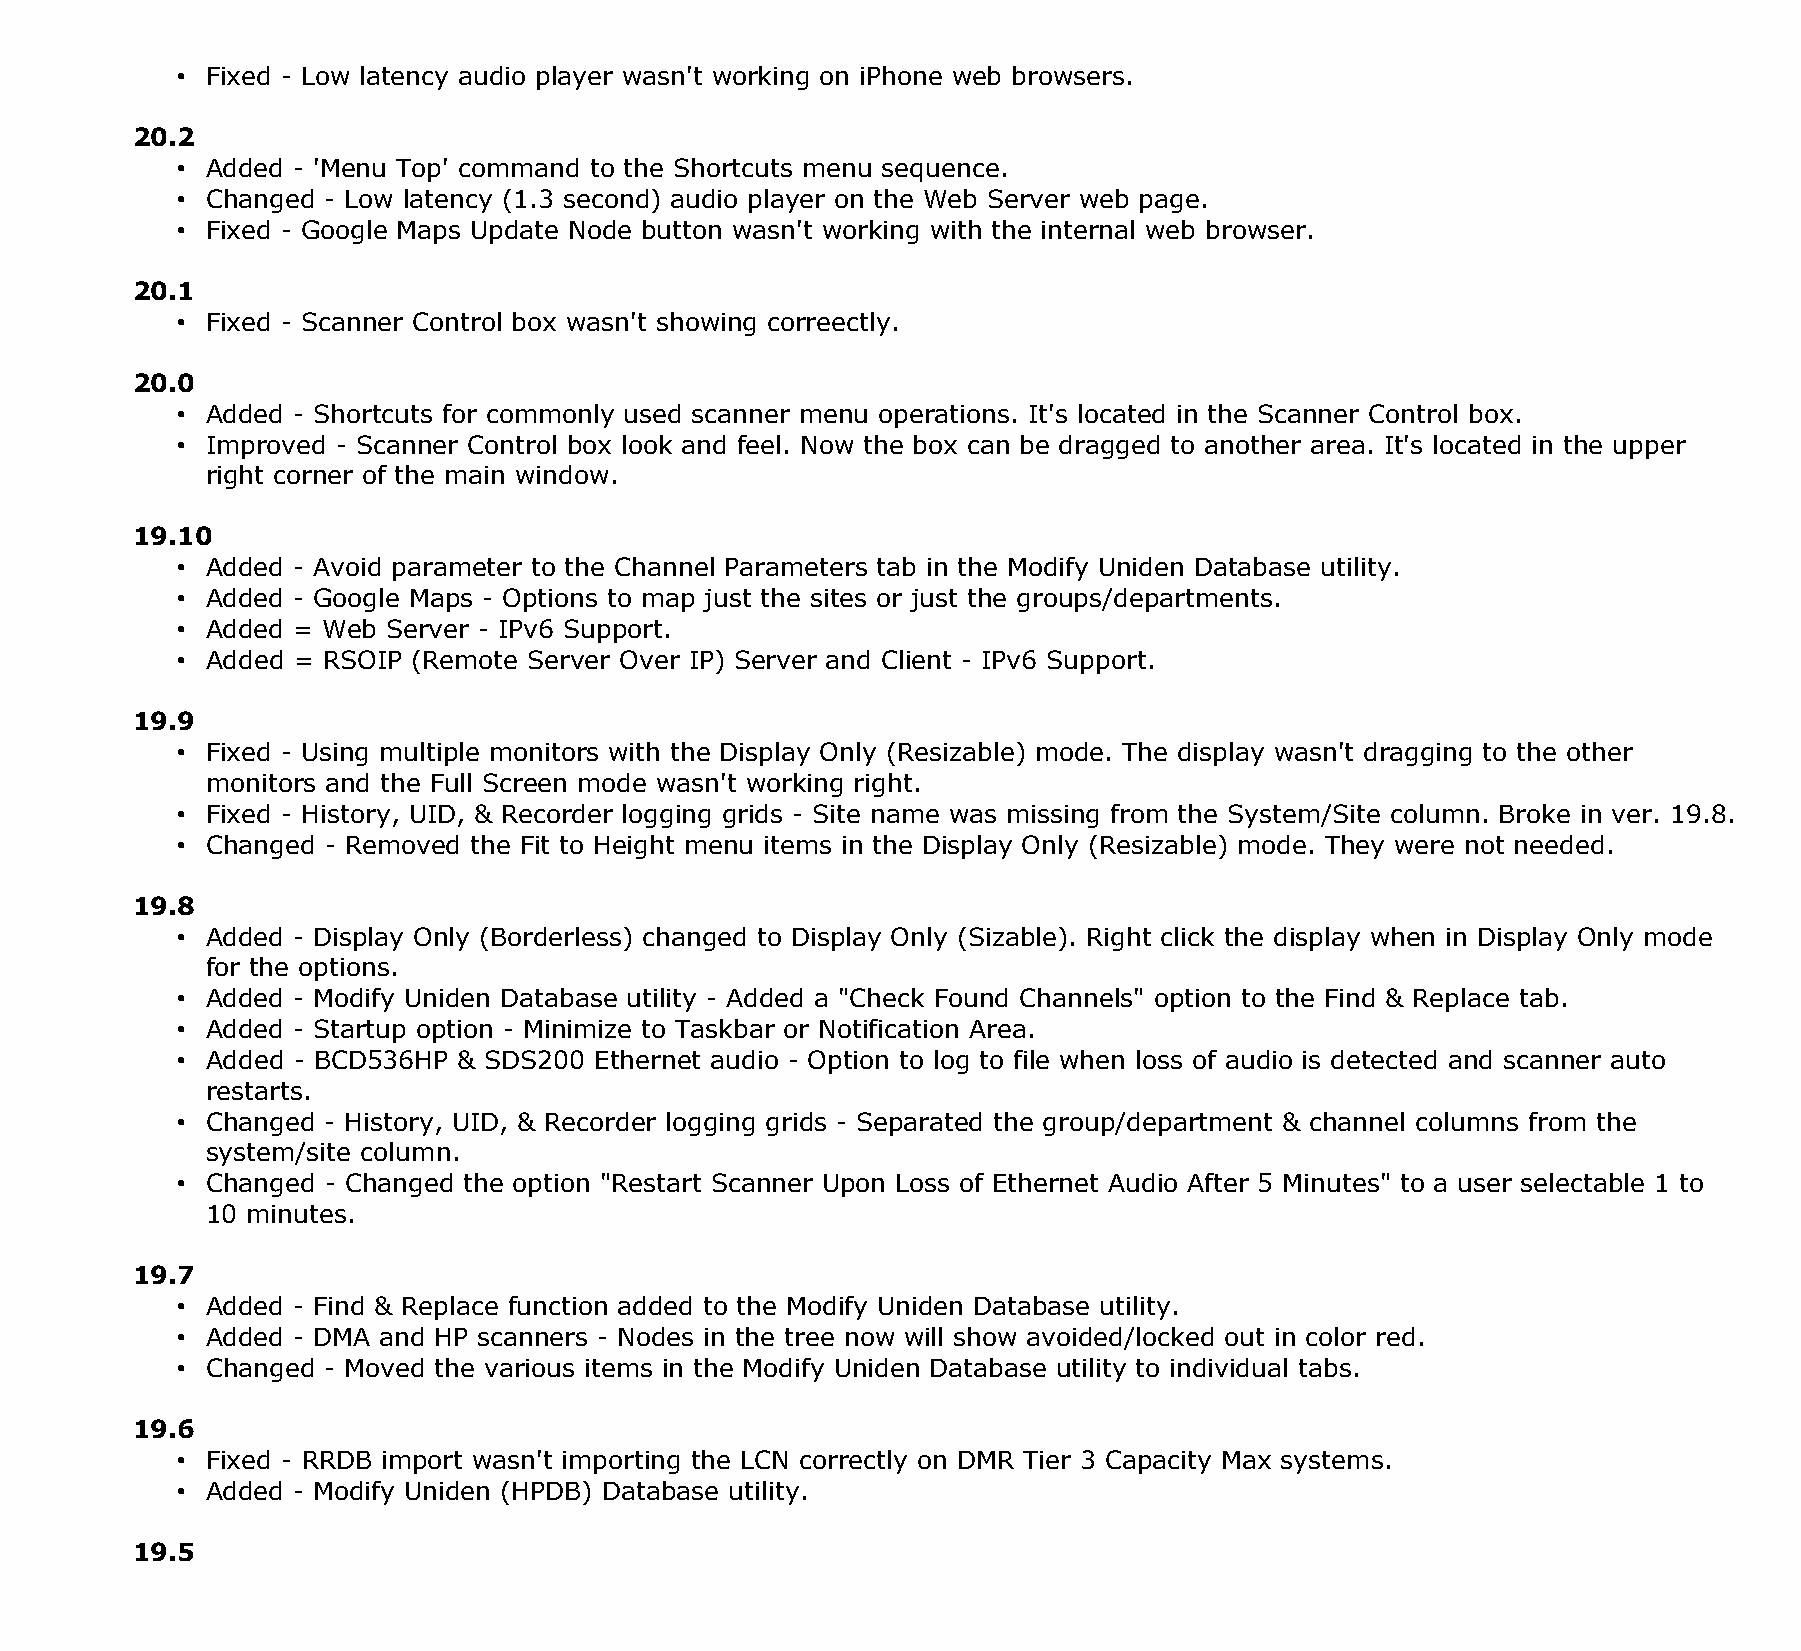
• Fixed - Low latency audio player wasn't working on iPhone web browsers.
 20.2
 • Added - 'Menu Top' command to the Shortcuts menu sequence.
 • Changed - Low latency (1.3 second) audio player on the Web Server web page.
 • Fixed - Google Maps Update Node button wasn't working with the internal web browser.
 20.1
 • Fixed - Scanner Control box wasn't showing correectly.
 20.0
 • Added - Shortcuts for commonly used scanner menu operations. It's located in the Scanner Control box.
 • Improved - Scanner Control box look and feel. Now the box can be dragged to another area. It's located in the upper
 right corner of the main window.
 19.10
 • Added - Avoid parameter to the Channel Parameters tab in the Modify Uniden Database utility.
 • Added - Google Maps - Options to map just the sites or just the groups/departments.
 • Added = Web Server - IPv6 Support.
 • Added = RSOIP (Remote Server Over IP) Server and Client - IPv6 Support.
 19.9
 • Fixed - Using multiple monitors with the Display Only (Resizable) mode. The display wasn't dragging to the other
 monitors and the Full Screen mode wasn't working right.
 • Fixed - History, UID, & Recorder logging grids - Site name was missing from the System/Site column. Broke in ver. 19.8.
 • Changed - Removed the Fit to Height menu items in the Display Only (Resizable) mode. They were not needed.
 19.8
 • Added - Display Only (Borderless) changed to Display Only (Sizable). Right click the display when in Display Only mode
 for the options.
 • Added - Modify Uniden Database utility - Added a "Check Found Channels" option to the Find & Replace tab.
 • Added - Startup option - Minimize to Taskbar or Notification Area.
 • Added - BCD536HP & SDS200 Ethernet audio - Option to log to file when loss of audio is detected and scanner auto
 restarts.
 • Changed - History, UID, & Recorder logging grids - Separated the group/department & channel columns from the
 system/site column.
 • Changed - Changed the option "Restart Scanner Upon Loss of Ethernet Audio After 5 Minutes" to a user selectable 1 to
 10 minutes.
 19.7
 • Added - Find & Replace function added to the Modify Uniden Database utility.
 • Added - DMA and HP scanners - Nodes in the tree now will show avoided/locked out in color red.
 • Changed - Moved the various items in the Modify Uniden Database utility to individual tabs.
 19.6
 • Fixed - RRDB import wasn't importing the LCN correctly on DMR Tier 3 Capacity Max systems.
 • Added - Modify Uniden (HPDB) Database utility.
 19.5